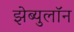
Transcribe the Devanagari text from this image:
झेब्युलॉन